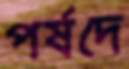
পর্ষদে